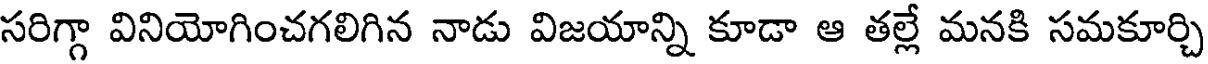
సరిగ్గా వినియోగించగలిగిన నాడు విజయాన్ని కూడా ఆ తల్లే మనకి సమకూర్చి